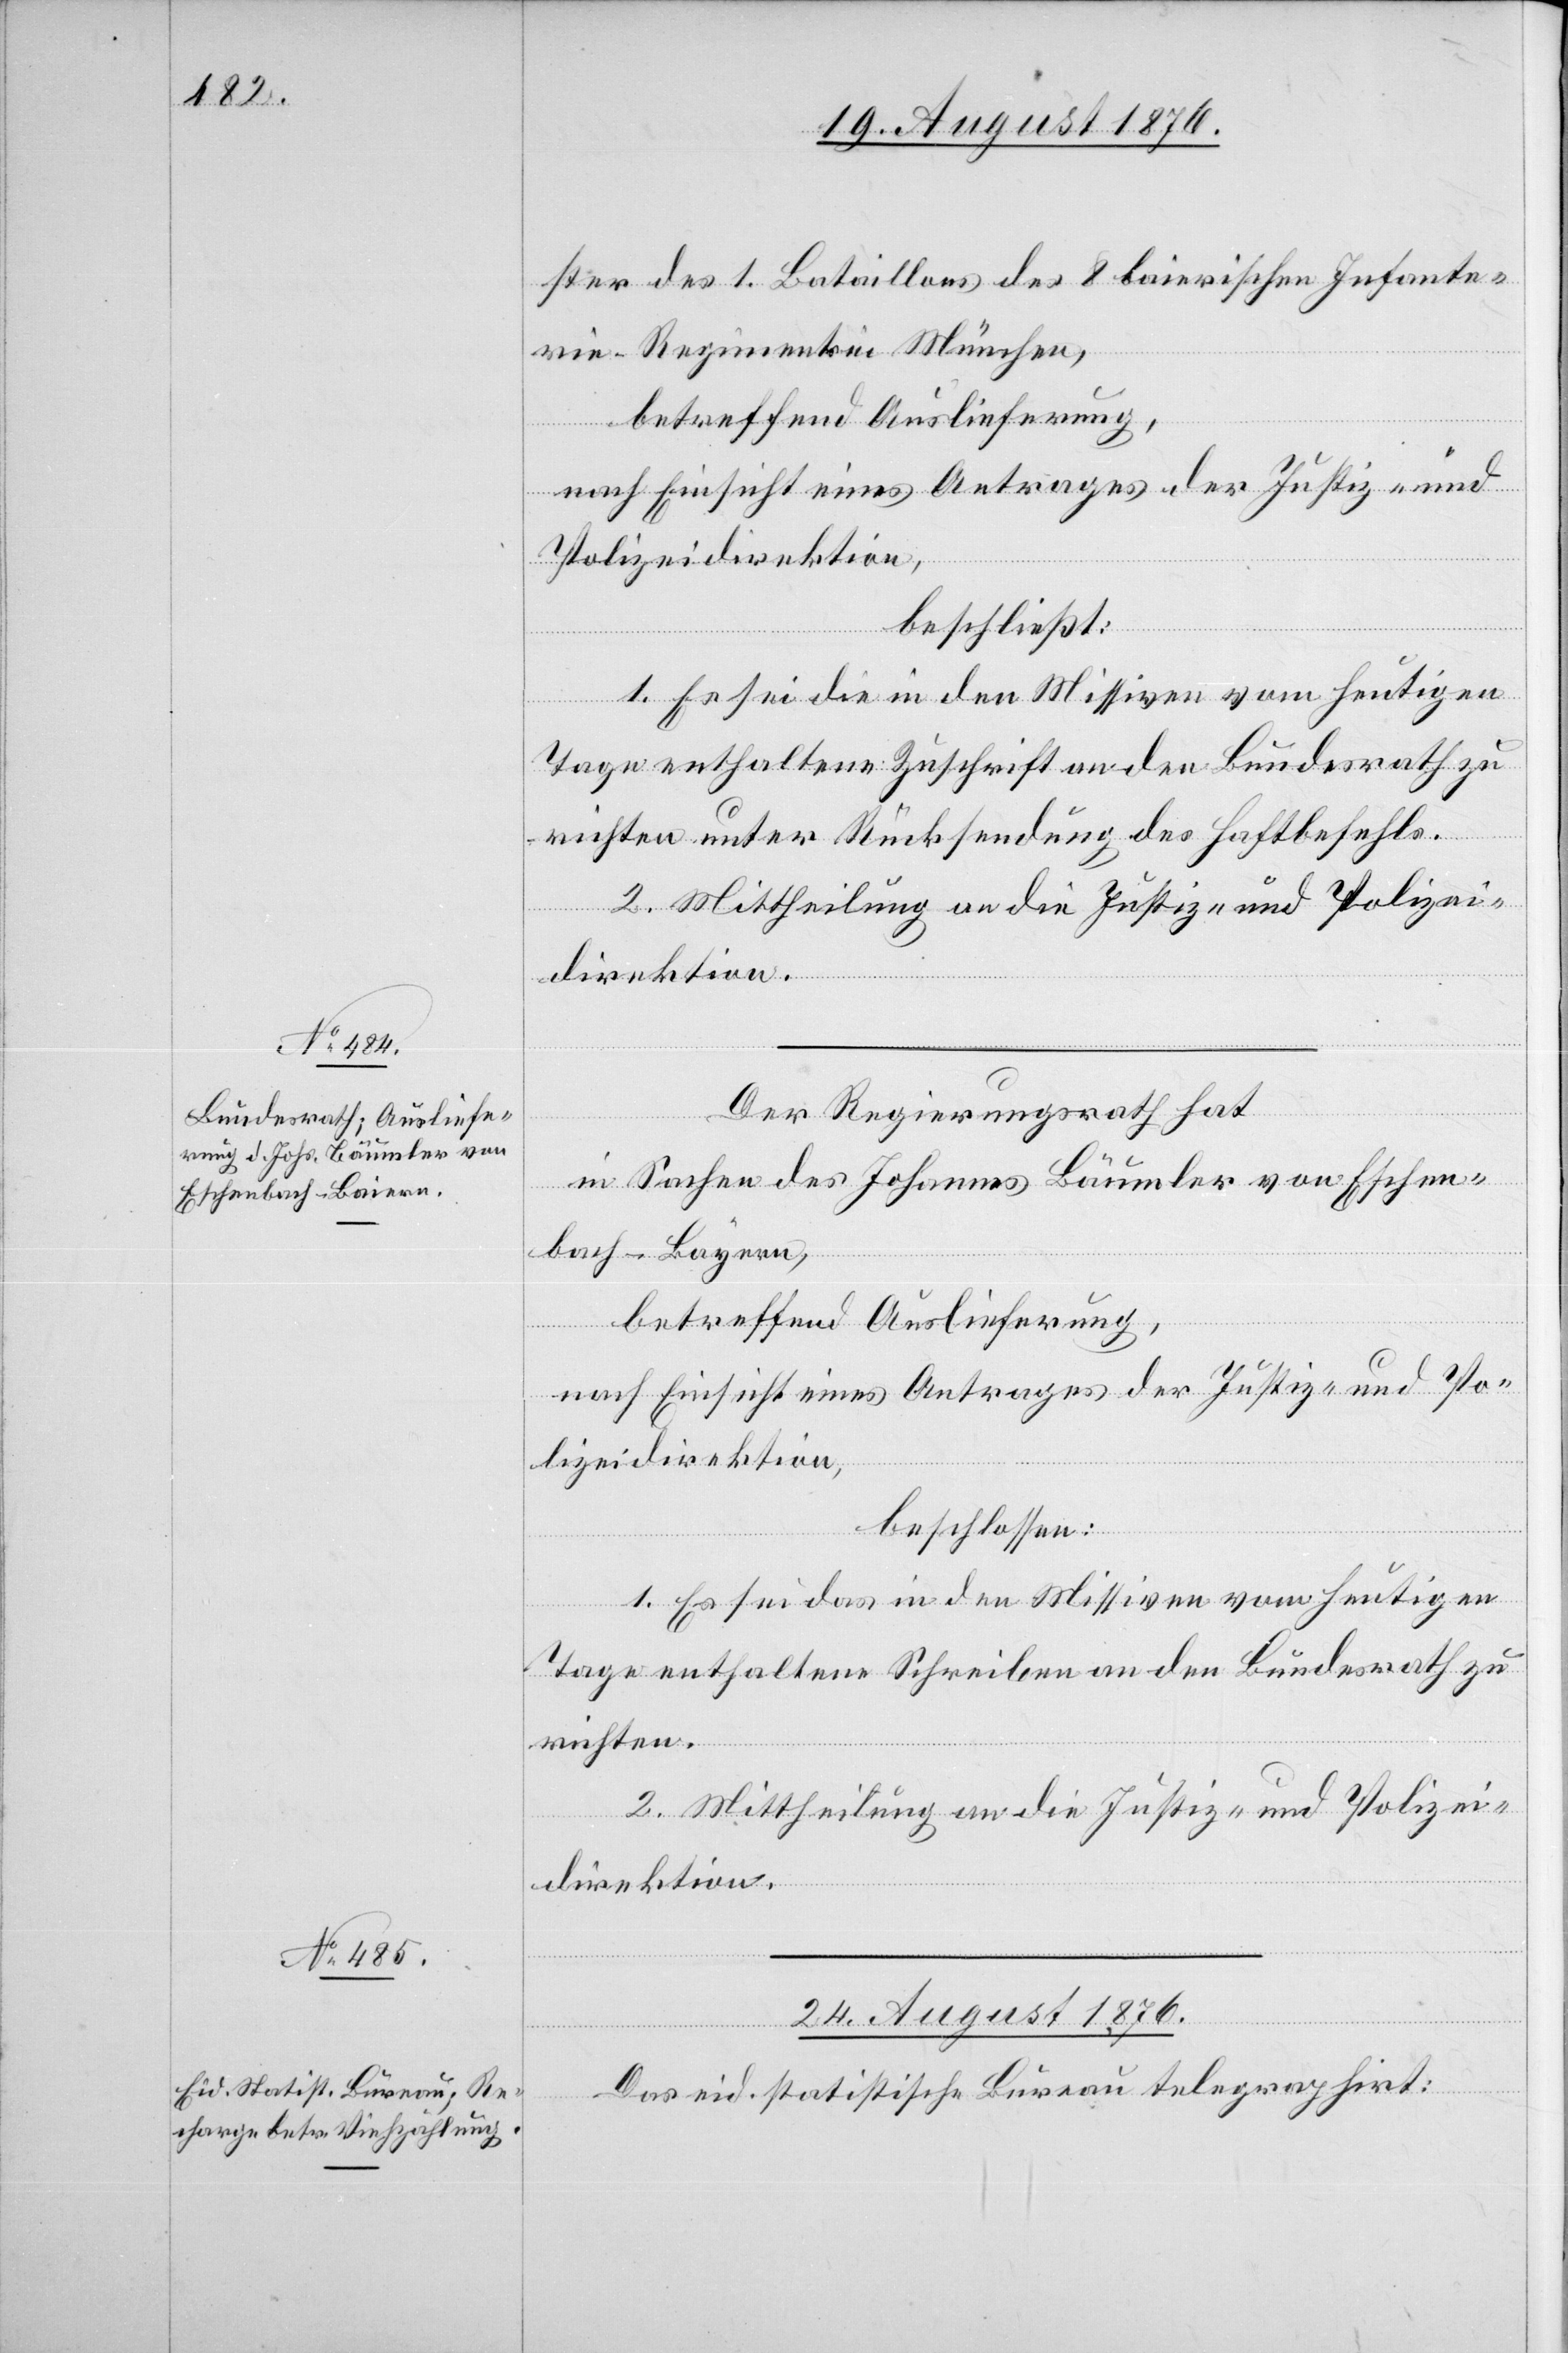
23. August 1876.]
ster des 1. Bataillons des 8[.] baierischen Infante¬
rie-Regiments in München,
betreffend Auslieferung,
nach Einsicht eines Antrages der Direktion
beschließt:
1. Es sei die in den Missiven vom heutigen
Tage enthaltene Zuschrift an den Bundesrath zu
richten unter Rücksendung des Haftbefehls.
2. Mittheilung an die Justiz- und Polizei¬
direktion.
Der Regierungsrath hat
in Sachen des Johannes Bäumler von Eschen¬
bach - Bayern,
betreffend Auslieferung,
nach Einsicht eines Antrages der Justiz- und Po¬
lizeidirektion,
beschlossen:
1. Es sei das in den Missiven vom heutigen
Tage enthaltene Schreiben an den Bundesrath zu
richten.
2. Mittheilung an die Justiz- und Polizei¬
direktion.
24. August 1876.
Das eid. statistische Bureau telegraphirt:

und